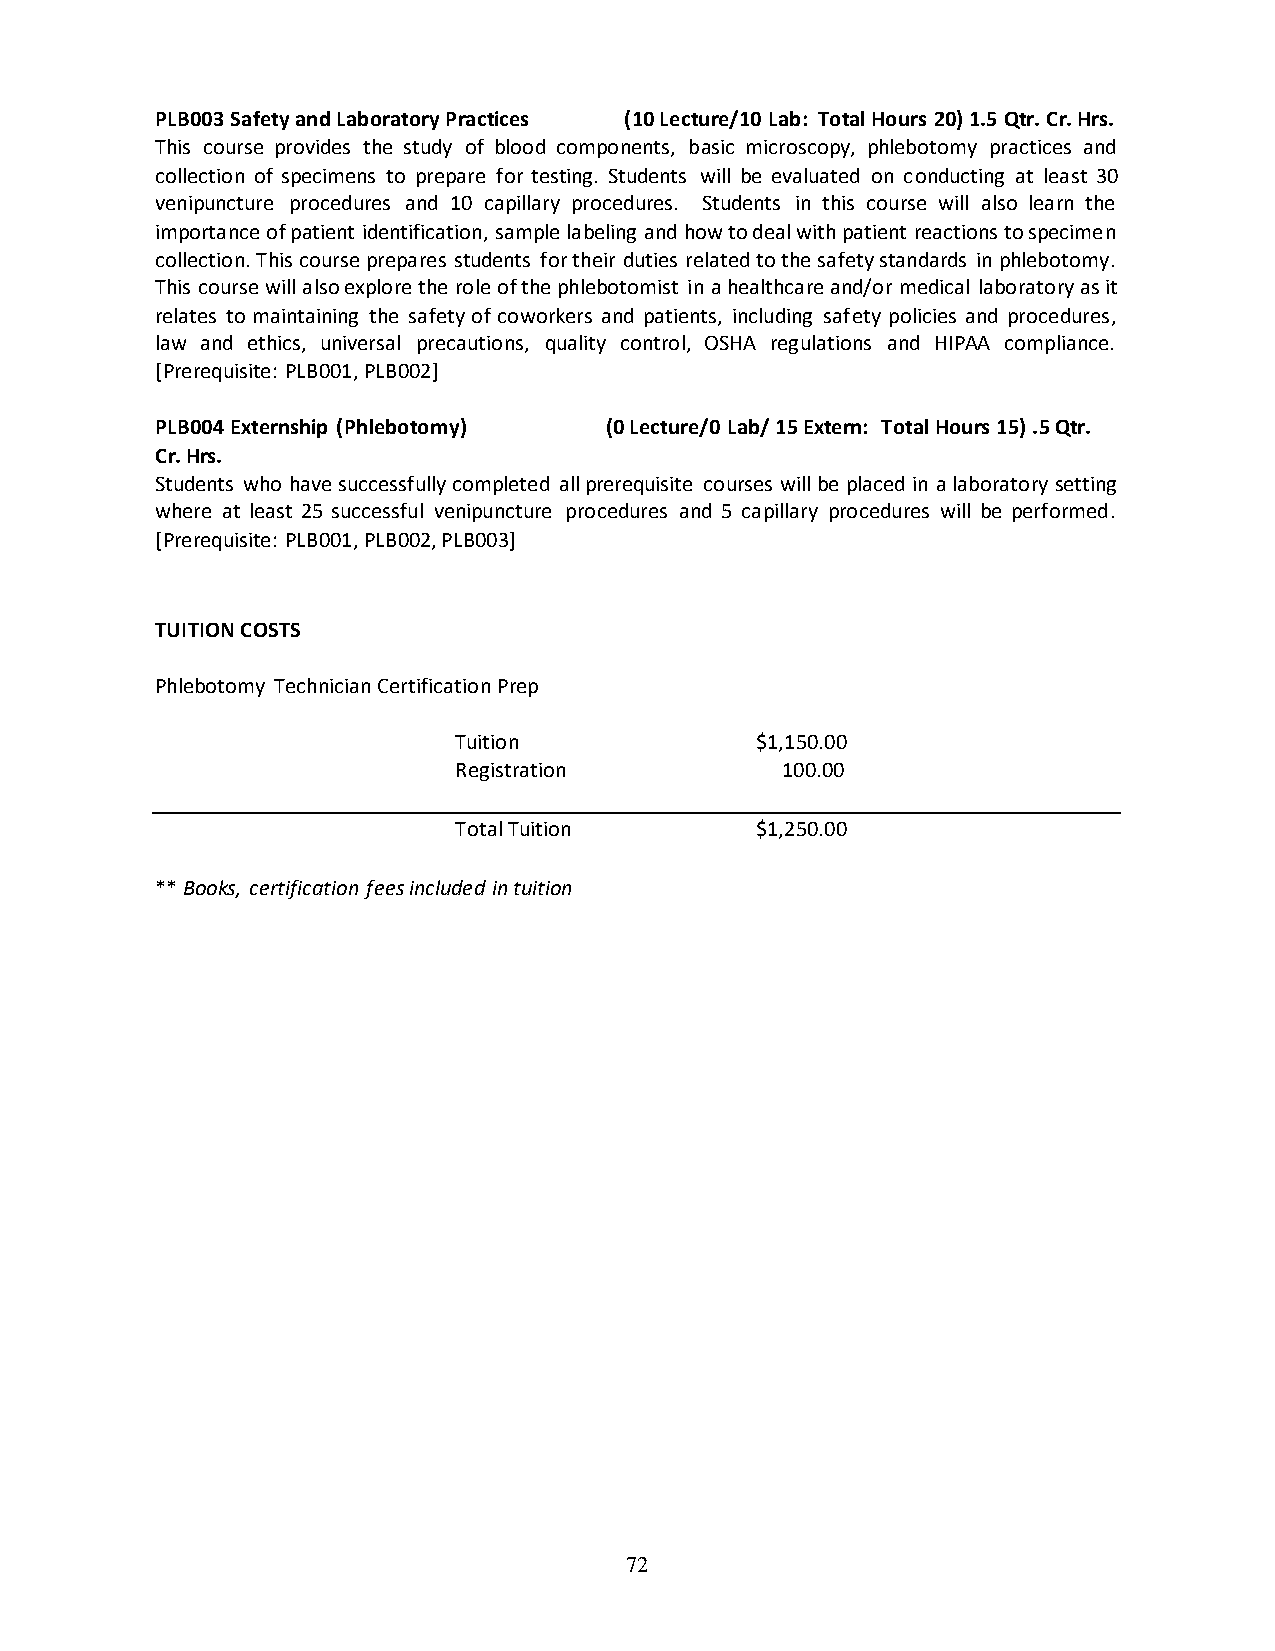
PLB003 Safety and Laboratory Practices (10 Lecture/10 Lab: Total Hours 20) 1.5 Qtr. Cr. Hrs.
 This course provides the study of blood components, basic microscopy, phlebotomy practices and
 collection of specimens to prepare for testing. Students will be evaluated on conducting at least 30
 venipuncture procedures and 10 capillary procedures. Students in this course will also learn the
 importance of patient identification, sample labeling and how to deal with patient reactions to specimen
 collection. This course prepares students for their duties related to the safety standards in phlebotomy.
 This course will also explore the role of the phlebotomist in a healthcare and/or medical laboratory as it
 relates to maintaining the safety of coworkers and patients, including safety policies and procedures,
 law and ethics, universal precautions, quality control, OSHA regulations and HIPAA compliance.
 [Prerequisite: PLB001, PLB002]
 PLB004 Externship (Phlebotomy) (0 Lecture/0 Lab/ 15 Extern: Total Hours 15) .5 Qtr.
 Cr. Hrs.
 Students who have successfully completed all prerequisite courses will be placed in a laboratory setting
 where at least 25 successful venipuncture procedures and 5 capillary procedures will be performed.
 [Prerequisite: PLB001, PLB002, PLB003]
 TUITION COSTS
 Phlebotomy Technician Certification Prep
 Tuition             $1,150.00
 Registration          100.00
 Total Tuition       $1,250.00
 ** Books, certification fees included in tuition
 72